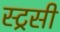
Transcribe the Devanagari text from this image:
स्ट्रसी